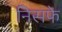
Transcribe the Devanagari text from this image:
निसफे